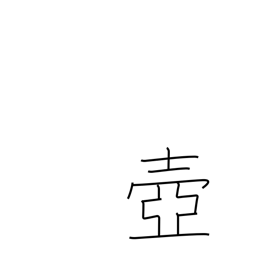
Meaning: pot